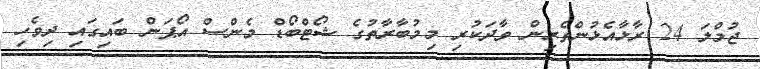
ޖުމްލަ 24 ރާޅާއެޅުންތެރިން ވާދަކުރި މިމުބާރާތުގެ ޝޯޓްބޯޑް މެންސް އޯޕަން ބައިގައި ދިވެހި